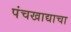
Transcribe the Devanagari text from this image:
पंचखाद्याचा